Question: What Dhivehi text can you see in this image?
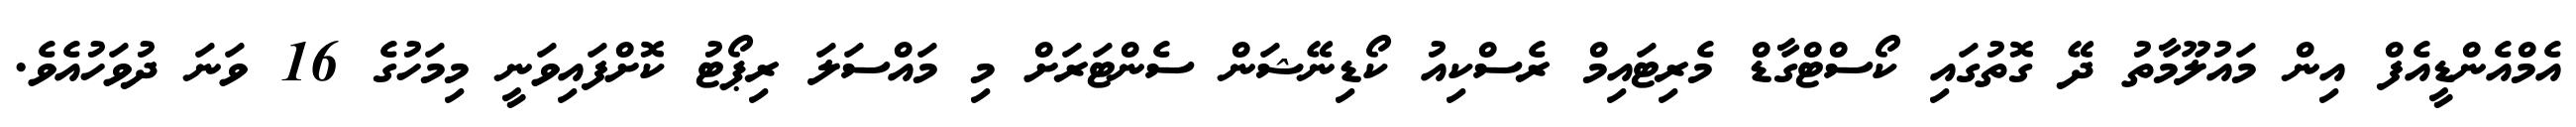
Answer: އެމްއެންޑީއެފް އިން މައުލޫމާތު ދޭ ގޮތުގައި ކޯސްޓްގާޑް މެރިޓައިމް ރެސްކިއު ކޯޑިނޭޝަން ސެންޓަރަށް މި މައްސަލަ ރިޕޯޓު ކޮށްފައިވަނީ މިމަހުގެ 16 ވަނަ ދުވަހުއެވެ.